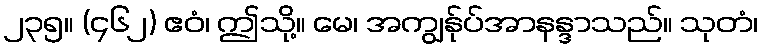
၂၃၅။ (၄၆၂) ဧဝံ၊ ဤသို့။ မေ၊ အကျွန်ုပ်အာနန္ဒာသည်။ သုတံ၊